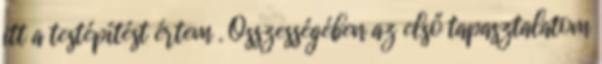
itt a testépítést értem . Összességében az első tapasztalatom